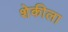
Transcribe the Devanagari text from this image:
शेकीला